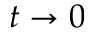
t \rightarrow 0